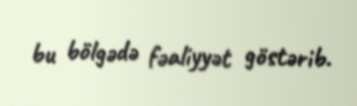
bu bölgədə fəaliyyət göstərib.